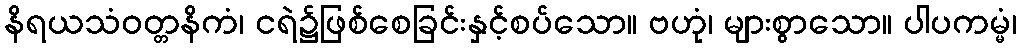
နိရယသံဝတ္တနိကံ၊ ငရဲ၌ဖြစ်စေခြင်းနှင့်စပ်သော။ ဗဟုံ၊ များစွာသော။ ပါပကမ္မံ၊